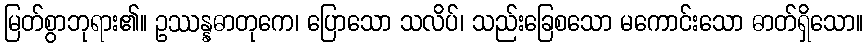
မြတ်စွာဘုရား၏။ ဥဿန္နဓာတုကေ၊ ပြောသော သလိပ်၊ သည်းခြေစသော မကောင်းသော ဓာတ်ရှိသော။